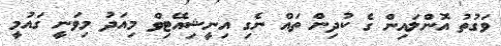
ވަގުތު އޮންލައިން ގެ ކުދިން ތައް ނެގި އިނީޝިއޭޓިވް މިއަދު މިވަނީ ގައުމީ